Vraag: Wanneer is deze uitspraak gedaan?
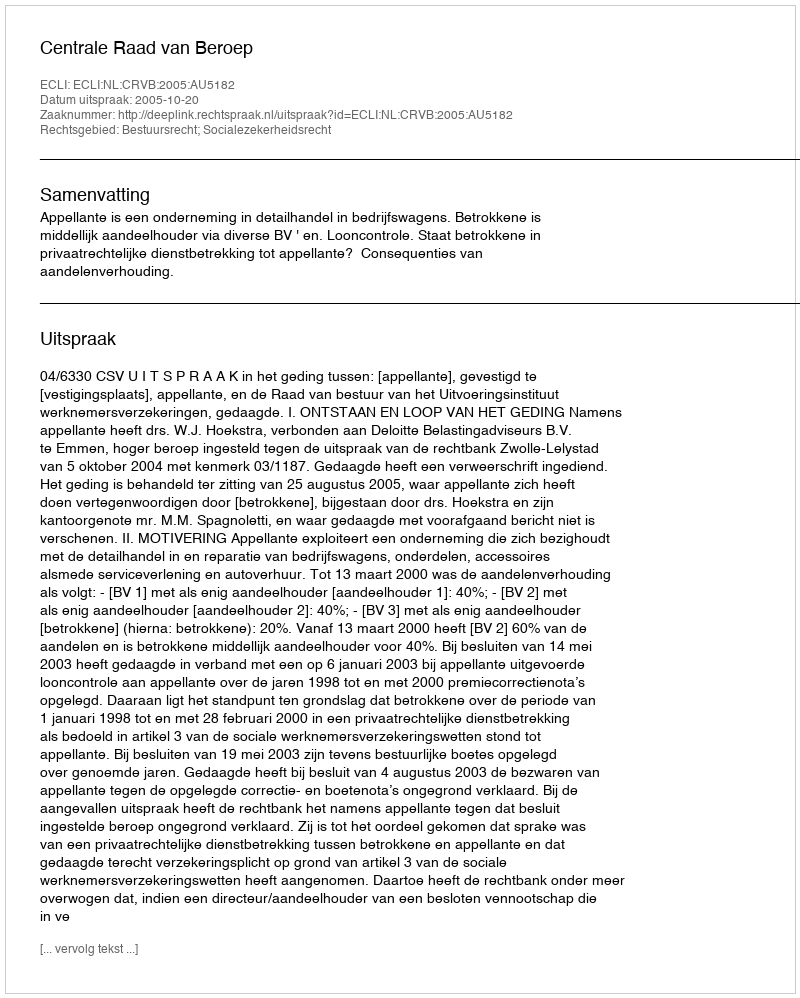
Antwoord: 2005-10-20